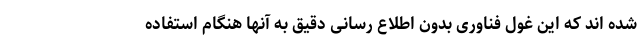
شده اند که این غول فناوری بدون اطلاع رسانی دقیق به آنها هنگام استفاده